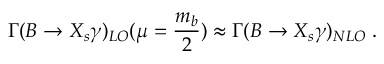
\Gamma ( B \rightarrow X _ { s } \gamma ) _ { L O } ( \mu = \frac { m _ { b } } { 2 } ) \approx \Gamma ( B \rightarrow X _ { s } \gamma ) _ { N L O } \; .